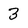
Character: 3